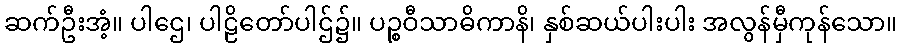
ဆက်ဦးအံ့။ ပါဌေ၊ ပါဠိတော်ပါဌ်၌။ ပဉ္စဝီသာဓိကာနိ၊ နှစ်ဆယ်ပါးပါး အလွန်မှီကုန်သော။